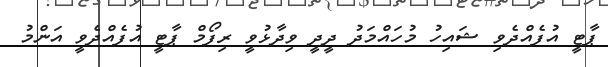
ޕާޓީ އުފެއްދެވި ޝައިހު މުހައްމަދު ދީދީ ވިދާޅުވީ ރިފޯމް ޕާޓީ އުފެއްދެވީ އަންމު